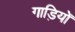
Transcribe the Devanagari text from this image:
गाड़ियोँ